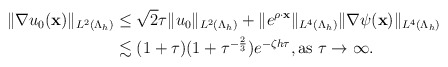
\begin{align*} \begin{aligned} \|\nabla u_{0}(\mathbf x)\|_{L^{2}(\Lambda_h)} &\leq \sqrt{2}\tau \|u_{0}\|_{ L^{2}(\Lambda_h)}+\|e^{\rho \cdot \mathbf x}\|_{ L^{4}(\Lambda_h)} \|\nabla \psi(\mathbf x)\|_{ L^{4}(\Lambda_h)}\\ &\lesssim(1+\tau)(1+\tau^{-\frac{2}{3}})e^{-\zeta h\tau},\mbox{as $\tau \rightarrow \infty$. } \end{aligned} \end{align*}